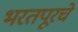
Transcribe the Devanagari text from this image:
भरतपूरचे